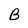
Character: B